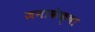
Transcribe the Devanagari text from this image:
जनाकंक्षा